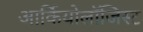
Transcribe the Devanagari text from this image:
आर्कियोलाॅजिस्ट